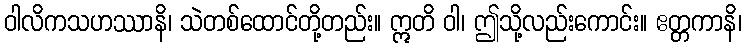
ဝါလိကသဟဿာနိ၊ သဲတစ်ထောင်တို့တည်း။ ဣတိ ဝါ၊ ဤသို့လည်းကောင်း။ ဧတ္တကာနိ၊